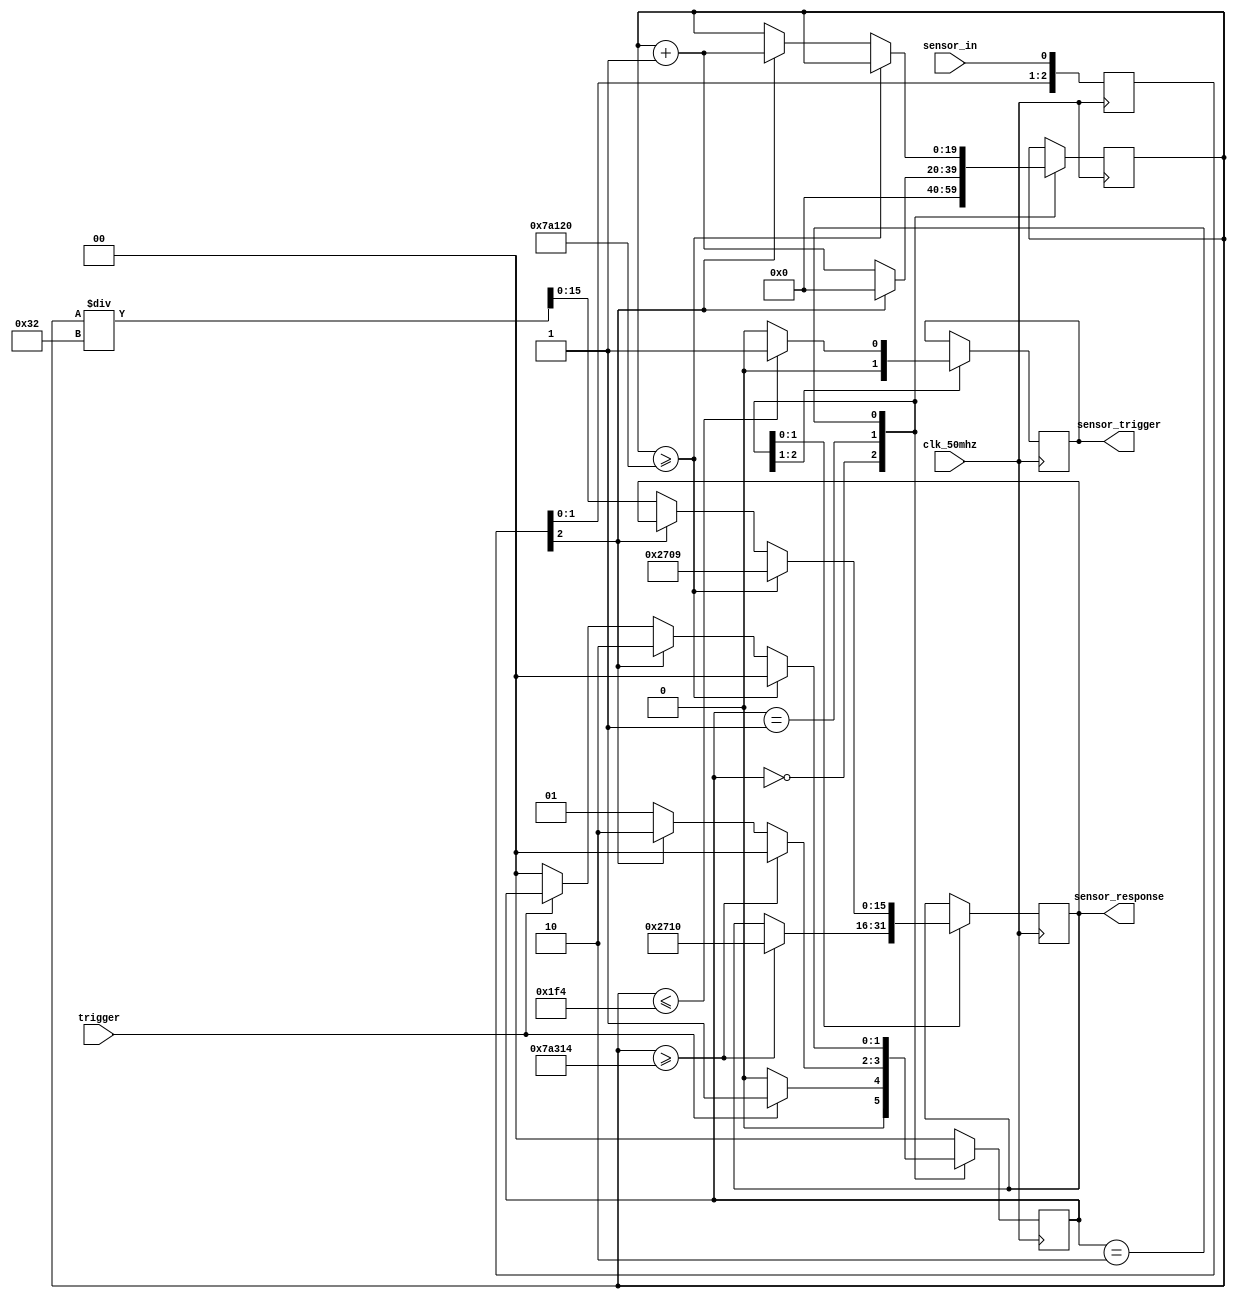
//Ultra-sonic distance sensor interface
//Tristan Woodrich
//v1 external trigger version.
//r2 fixed condition of no obstacle 
//November 4th, 2018

module usd_sensor(
	input clk_50mhz,
	input sensor_in, //input from the USD sensor
	input trigger, //external trigger
	
	output reg sensor_trigger, //output to the USD
	output reg [15:0] sensor_response); //16-bits of hex data indicating distance.

	reg [2:0] sync_chain; //register for synchronizing the external signal
	reg [1:0] state; //register for the state variable
	
	reg [19:0] counter; //20-bit counter allows a count of 1/100th of a second at 50 mhz

	//state definitions
	parameter [1:0] 	RESET 	= 	2'b00, 
							TRIGGER = 	2'b01,
							TIME	=	2'b10;
					
	
	always @(posedge clk_50mhz) begin //Synchronizer chain
		sync_chain[2] <= sync_chain[1];
		sync_chain[1] <= sync_chain[0];
		sync_chain[0] <= sensor_in;
	end
	
	always @(posedge clk_50mhz) begin
	
		case (state)
		
			RESET: begin //reset counter and trigger output
				counter <= 0;
				sensor_trigger <= 0;
				if (trigger == 1) state <= TRIGGER; //If the external trigger is on, begin triggering the sensor
				else state <= RESET;
			end
			
			TRIGGER: begin //sends a 10 microsecond pulse to the sensor
				
				counter <= counter + 1;
				state <= TRIGGER;
				
				if (counter <= 500) begin  //500 clocks to get 10 us, sensor trigger is high during this time
					sensor_trigger <= 1;
				end
				else sensor_trigger <= 0;
				
				if(sync_chain[2] == 1) begin //transition to time once the sensor begins returning a value
					state <= TIME;
					counter <= 0;
				end
				
				if (counter >= 500500) begin//timeout function, return max value if sensor times out
					sensor_response <= 16'h2710;
					state <= RESET;
				end


			end
			
			TIME: begin //increment the counter as long as the input signal is high.
				
				if (counter >= 500000) begin //time out if 1/100th of a second goes by. (Distance > 3.43 meters)
					state <= RESET;
					sensor_response <= 16'h2709; //return counter value in microseconds. 
				end
				
				else if (sync_chain[2] == 1) begin
					counter <= counter + 1;
					state <= TIME;
				end
		
				else begin //once signal goes low, output the counter value.
					sensor_response <= (counter/50);
					if (trigger == 0) state <= RESET; //prevent multiple executions when being operated by humans
				end
			end
			
			default: state <= RESET;
		
		endcase
		
	end
endmodule